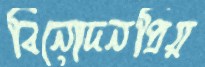
বিনোদনপ্রিয়